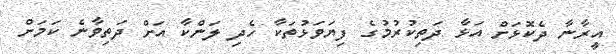
އީރާނާ ދެކޮޅަށް އަޅާ ދަތިކުރުމުގެ ފިޔަވަޅުތަކާ ހެދި ލަންކާ އަށް ދަތިވާނެ ކަމަށް